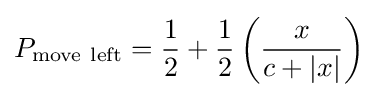
P_{\mathrm {move~left} }={\dfrac {1}{2}}+{\dfrac {1}{2}}\left({\dfrac {x}{c+|x|}}\right)